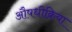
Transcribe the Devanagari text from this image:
औषधीक्रिया